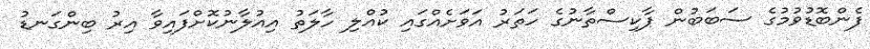
ފެންބޮޑުވުމުގެ ސަބަބުން ޕާކިސްތާނުގެ ހަތަރު އަވަށެއްގައި ކުއްލި ހާލަތު އިއުލާނުކޮށްފައިވާ އިރު ބިންގަނޑު